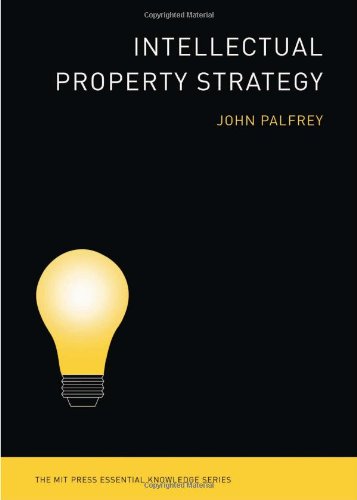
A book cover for Intellectual Property Strategy (The MIT Press Essential Knowledge series); John Palfrey; Law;